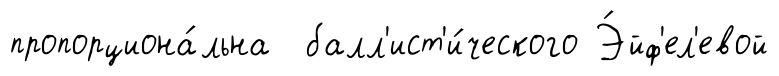
пропорциона́льна балл'ист'и́ческого Э́йф'ел'евой